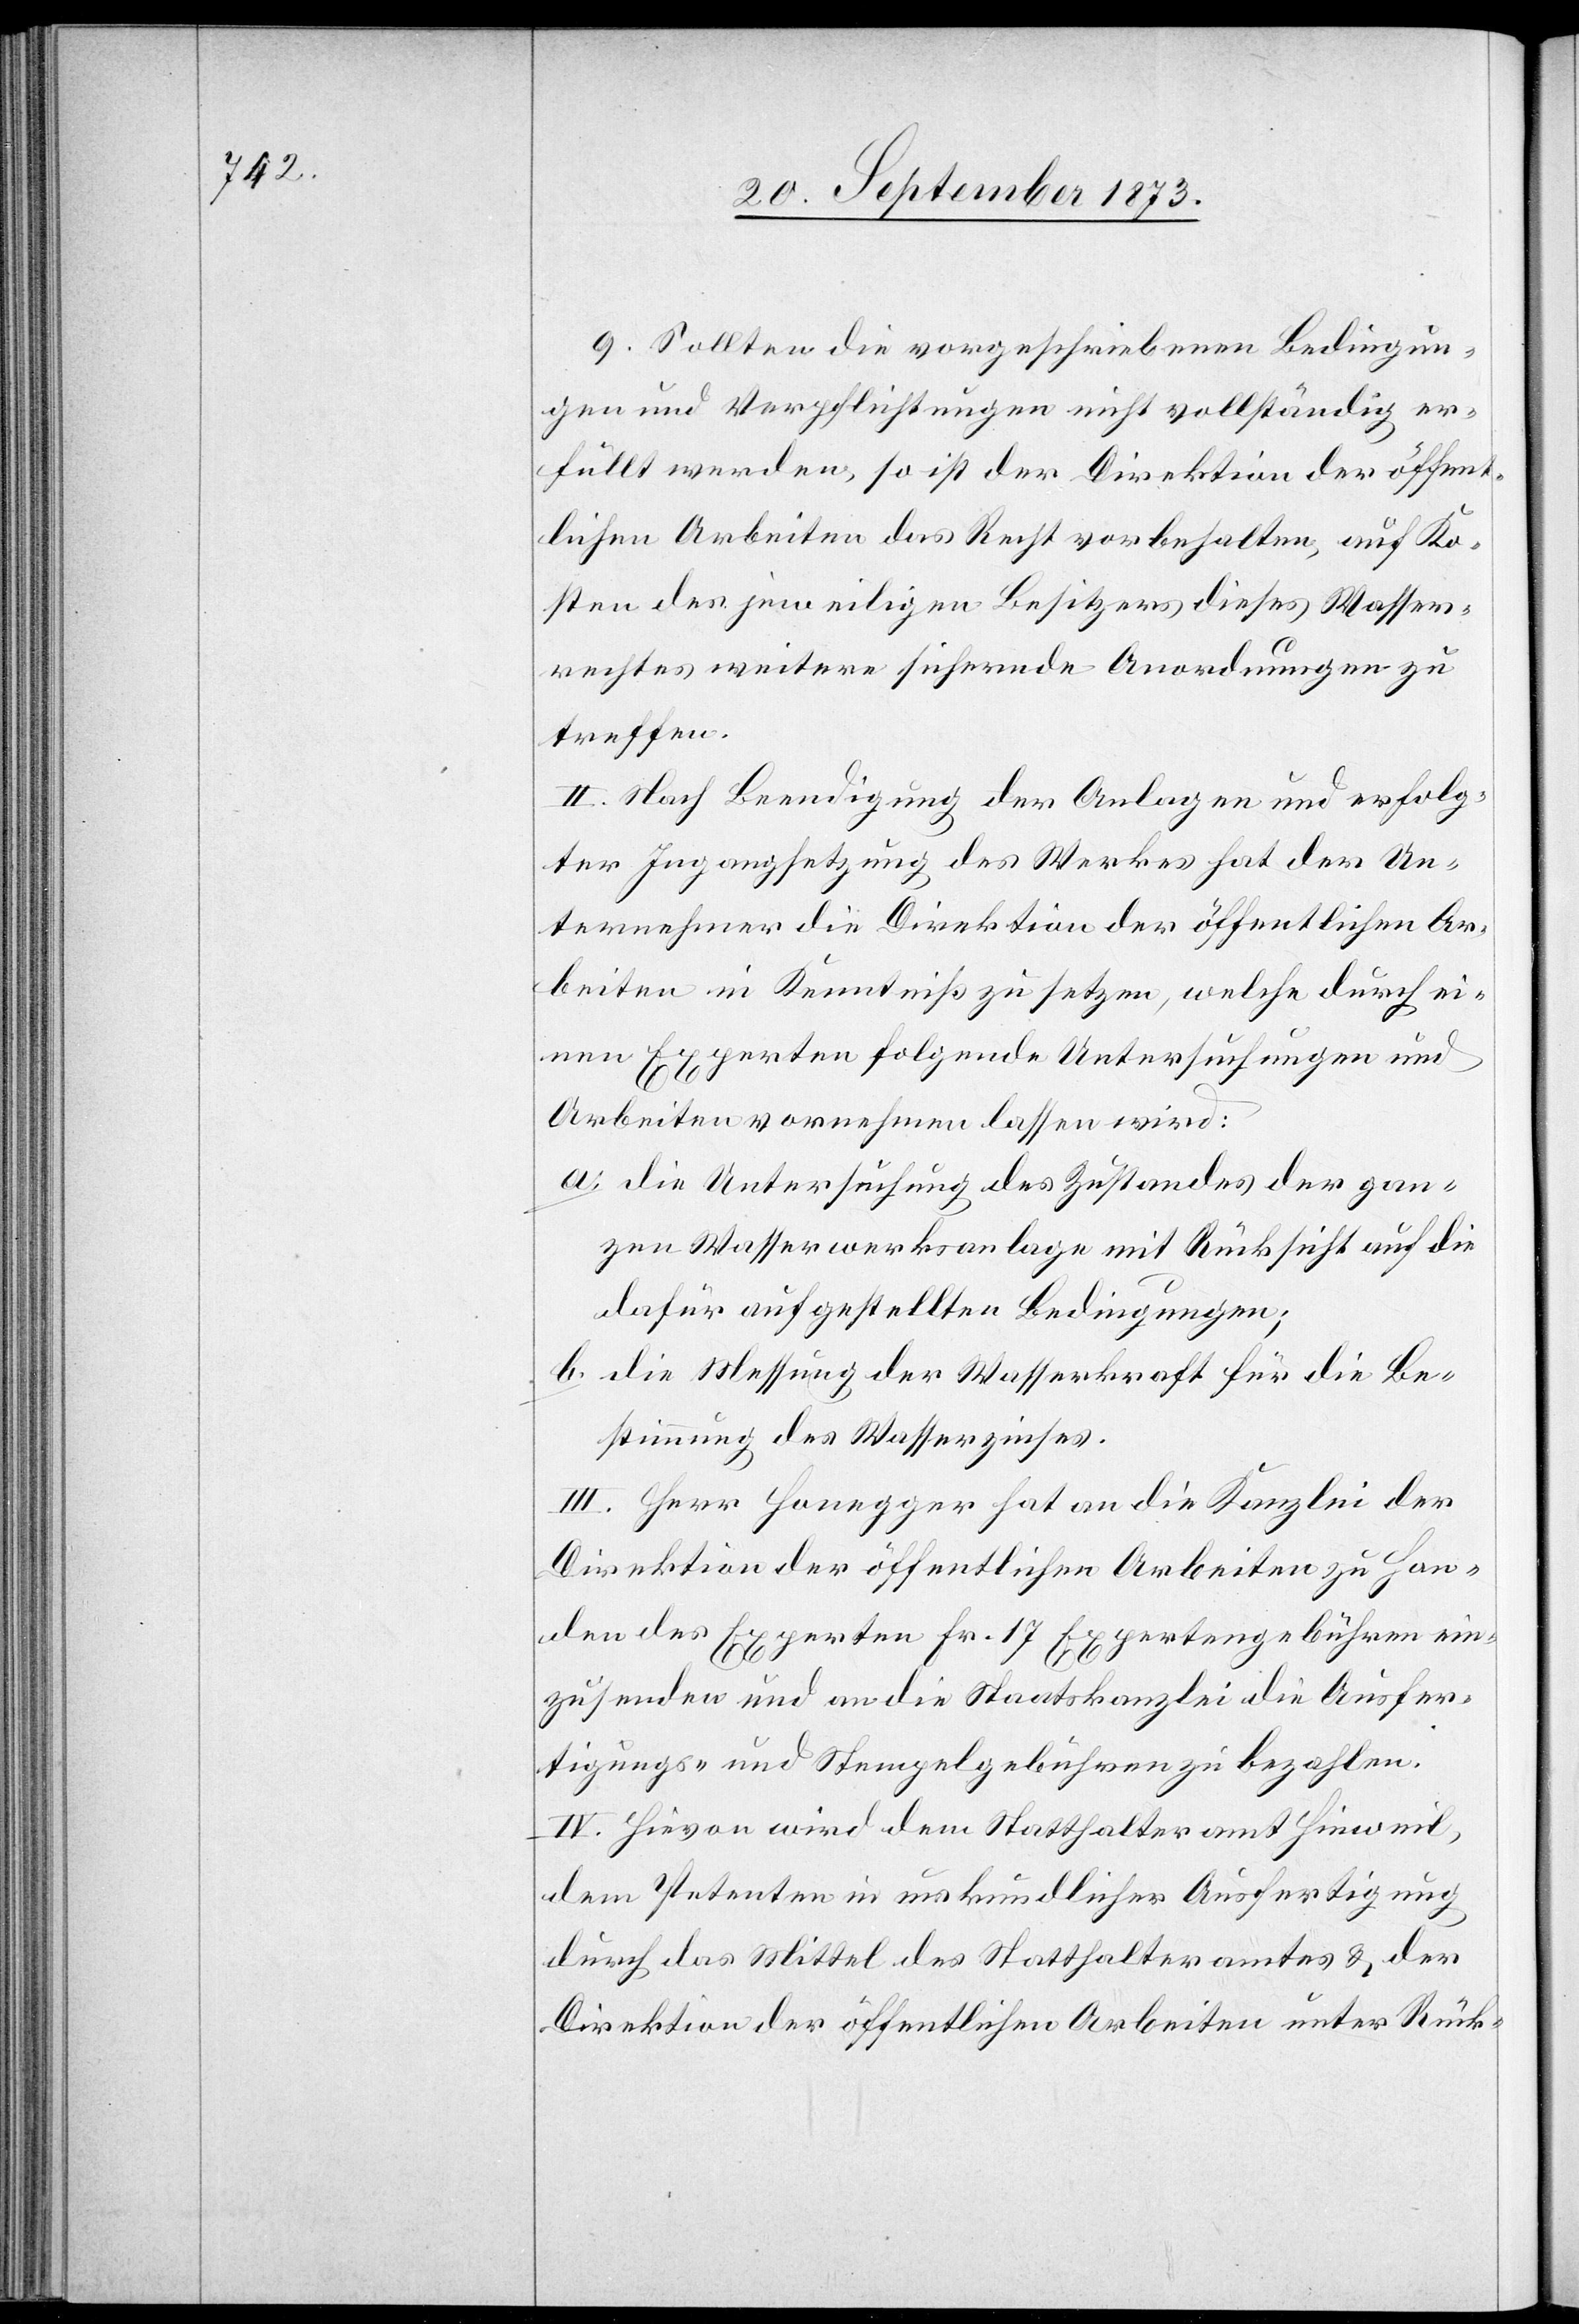
9. Sollten die vorgeschriebenen Bedingun¬
gen und Verpflichtungen nicht vollständig er¬
füllt werden, so ist der Direktion der öffent¬
lichen Arbeiten das Recht vorbehalten, auf Ko¬
sten des jeweiligen Besitzers dieses Wasser¬
rechtes weitere sichernde Anordnungen zu
treffen.
II. Nach Beendigung der Anlagen und erfolg¬
ter Ingangsetzung des Werkes hat der Un¬
ternehmer die Direktion der öffentlichen Ar¬
beiten in Kenntniß zu setzen, welche durch ei¬
nen Experten folgende Untersuchungen und
Arbeiten vornehmen lassen wird:
a. die Untersuchung des Zustandes der gan¬
zen Wasserwerksanlage mit Rücksicht auf die
dafür aufgestellten Bedingungen;
b. die Messung der Wasserkraft für die Be¬
stimmung des Wasserzinses.
III. Herr Honegger hat an die Kanzlei der
Direktion der öffentlichen Arbeiten zu Han¬
den des Experten Fr. 17 Expertengebühren ein¬
zusenden und an die Staatskanzlei die Ausfer¬
tigungs- und Stempelgebühren zu bezahlen.
IV. Hievon wird dem Statthalteramt Hinweil,
dem Petenten in urkundlicher Ausfertigung
durch das Mittel des Statthalteramtes & der
Direktion der öffentlichen Arbeiten unter Rück-